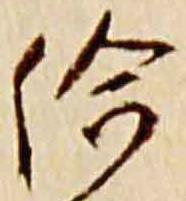
給